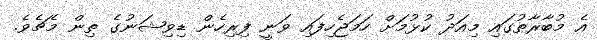
އެ މުބާރާތުގައި މިއަދު ކުޅުމަށް ހަމަޖެހިފައި ވަނީ ފިރިހެން ޑިވިޝަނުގެ ތިން މެޗެވެ.